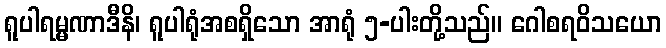
ရူပါရမ္မဏာဒီနိ၊ ရူပါရုံအစရှိသော အာရုံ ၅-ပါးတို့သည်။ ဂေါစရဝိသယော